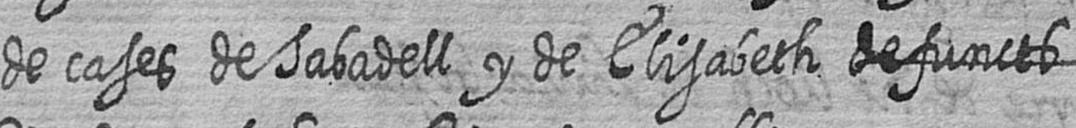
de cases de Sabadell y de Elisabeth defuncts